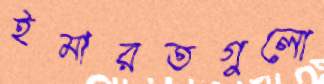
ইমারতগুলো